Annual report of the Imperial Bacteriological Laboratory, Muktesar
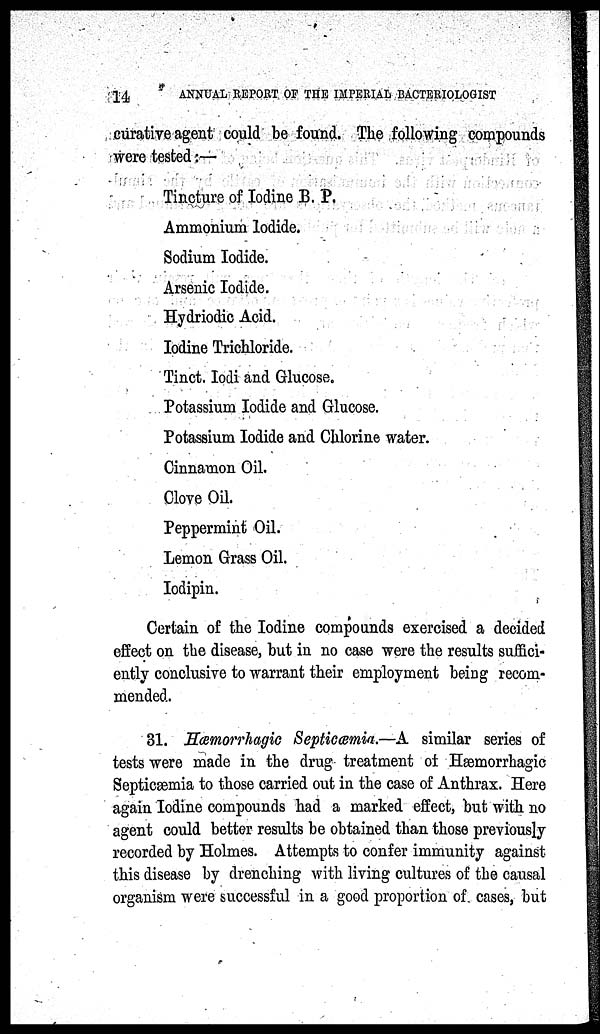
14
ANNUAL REPORT OF THE IMPERIAL BACTERIOLOGIST
curative agent could be found. The following compounds
were tested :—
Tincture of Iodine B. P.
Ammonium Iodide.
Sodium Iodide.
Arsenic Iodide.
Hydriodic Acid.
Iodine Trichloride.
Tinct. Iodi and Glucose.
Potassium Iodide and Glucose.
Potassium Iodide and Chlorine water.
Cinnamon Oil.
Clove Oil.
Peppermint Oil.
Lemon Grass Oil.
Iodipin.
Certain of the Iodine compounds exercised a decided
effect on the disease, but in no case were the results suffici-
ently conclusive to warrant their employment being recom-
mended.
31. Hæmorrhagic Septicæmia.—A similar series of
tests were made in the drug treatment of Hæmorrhagic
Septicæmia to those carried out in the case of Anthrax. Here
again Iodine compounds had a marked effect, but with no
agent could better results be obtained than those previously
recorded by Holmes. Attempts to confer immunity against
this disease by drenching with living cultures of the causal
organism were successful in a good proportion of cases, but